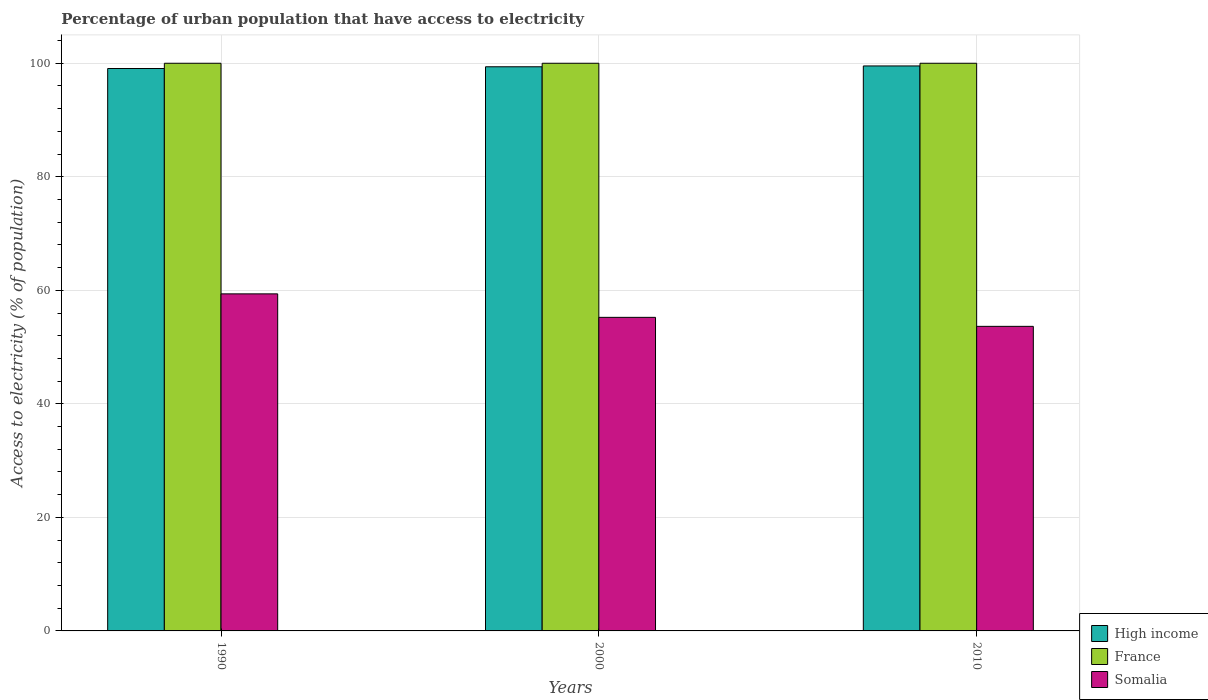
| Years | High income | France | Somalia |
 | --- | --- | --- | --- |
 | 1990 | 99.1 | 100 | 59.4 |
 | 2000 | 99.4 | 100 | 55.2 |
 | 2010 | 99.5 | 100 | 53.7 |